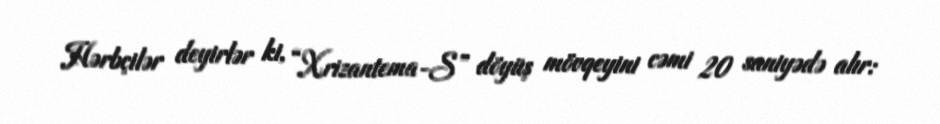
Hərbçilər deyirlər ki, “Xrizantema-S” döyüş mövqeyini cəmi 20 saniyədə alır: